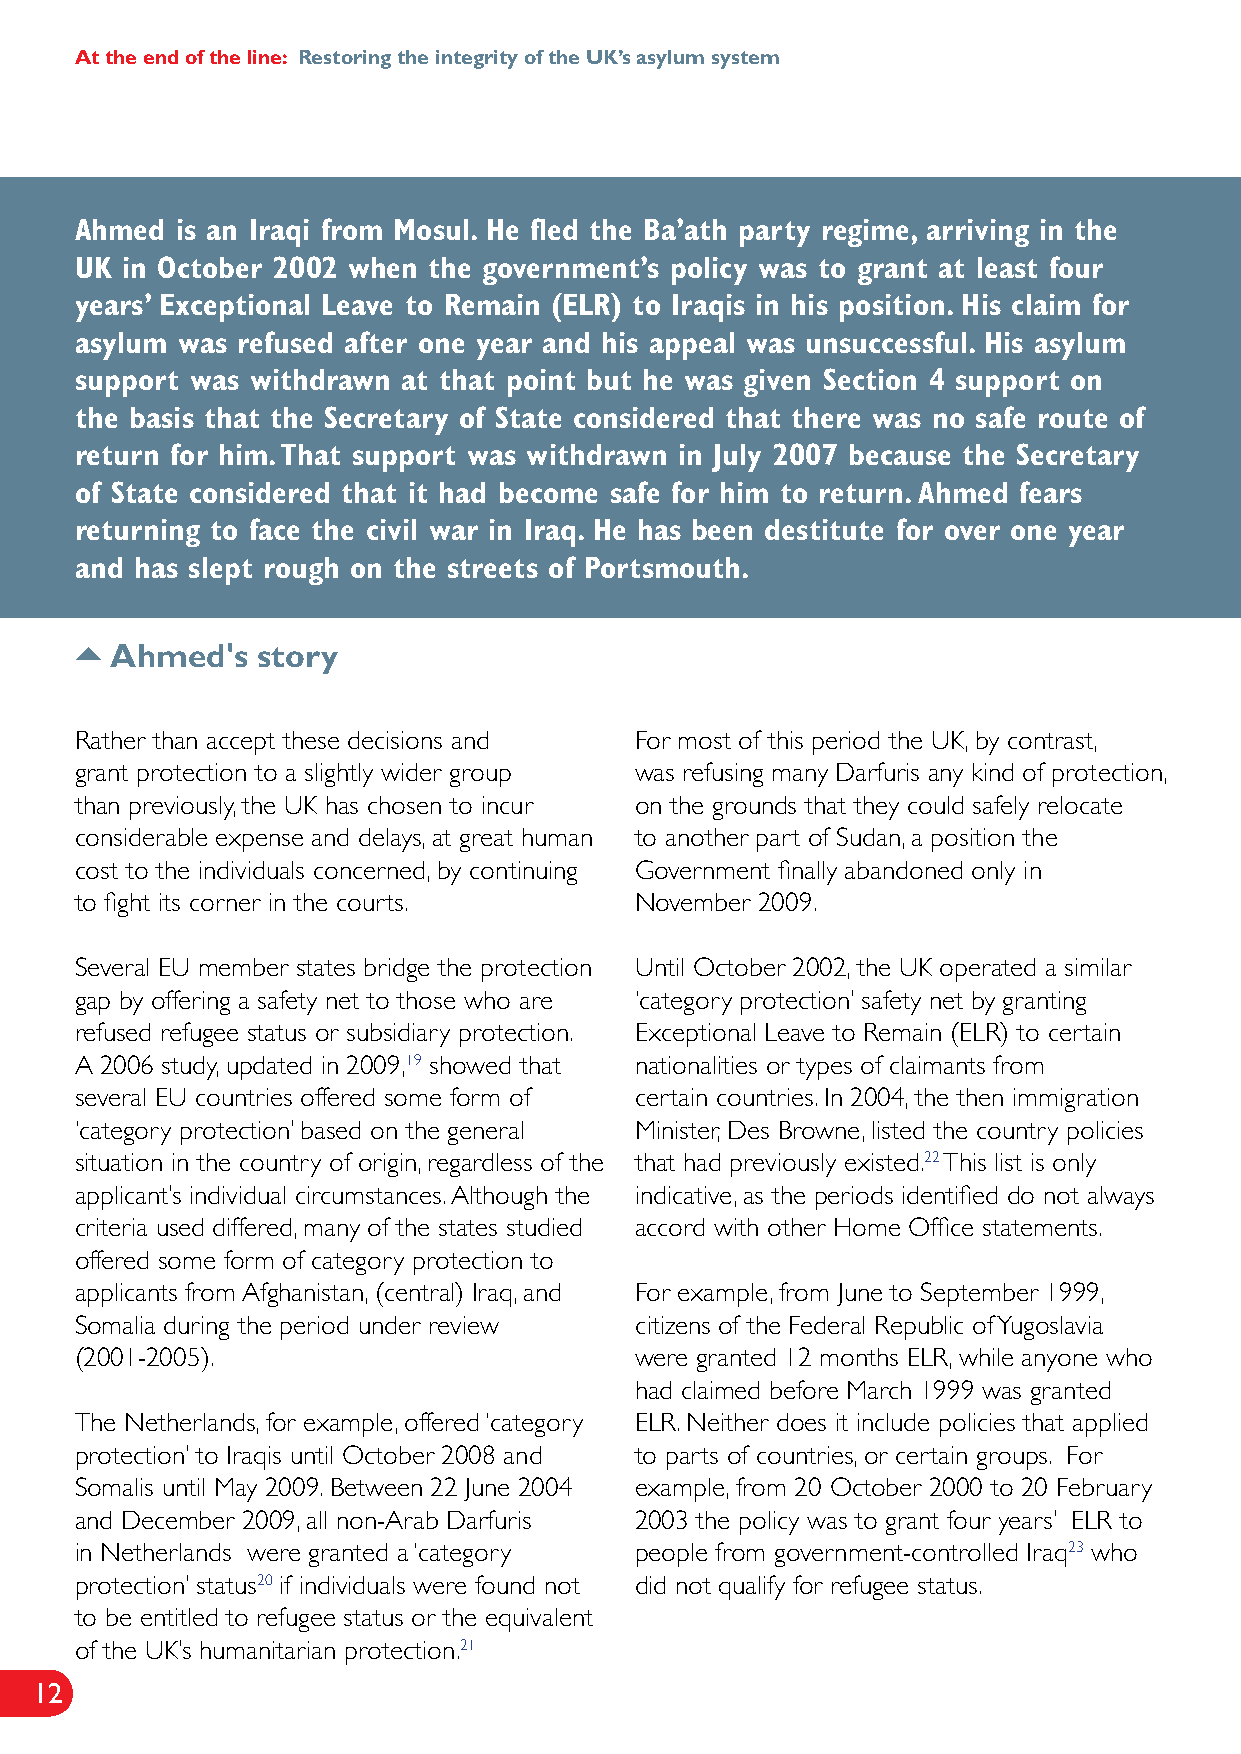
At the end of the line: Restoring the integrity of the UK’s asylum system
 Ahmed  is an Iraqi from Mosul. He fled the Ba’ath party regime, arriving in the
 UK in October 2002 when the government’s policy was to grant at least four
 years’ Exceptional Leave to Remain (ELR) to Iraqis in his position. His claim for
 asylum was refused after one year and his appeal was unsuccessful. His asylum
 support was withdrawn at that point but he was given Section 4 support on
 the basis that the Secretary of State considered that there was no safe route of
 return for him. That support was withdrawn in July 2007 because the Secretary
 of State considered that it had become safe for him to return. Ahmed fears
 returning to face the civil war in Iraq. He has been destitute for over one year
 and has slept rough on the streets of Portsmouth.
 
 Ahmed's   story
 Rather than accept these decisions and For most of this period the UK, by contrast,
 grant protection to a slightly wider group was refusing many Darfuris any kind of protection,
 than previously, the UK has chosen to incur on the grounds that they could safely relocate
 considerable expense and delays, at great human to another part of Sudan, a position the
 cost to the individuals concerned, by continuing Government finally abandoned only in
 to fight its corner in the courts.   November 2009.
 Several EU member states bridge the protection Until October 2002, the UK operated a similar
 gap by offering a safety net to those who are ‘category protection’ safety net by granting
 refused refugee status or subsidiary protection. Exceptional Leave to Remain (ELR) to certain
 A 2006 study, updated in 2009,19 showed that nationalities or types of claimants from
 several EU countries offered some form of certain countries. In 2004, the then immigration
 ‘category protection’ based on the general Minister, Des Browne, listed the country policies
 situation in the country of origin, regardless of the that had previously existed.22 This list is only
 applicant’s individual circumstances. Although the indicative, as the periods identified do not always
 criteria used differed, many of the states studied accord with other Home Office statements.
 offered some form of category protection to
 applicants from Afghanistan, (central) Iraq, and For example, from June to September 1999,
 Somalia during the period under review citizens of the Federal Republic of Yugoslavia
 (2001-2005).                         were granted 12 months ELR, while anyone who
 had claimed before March 1999 was granted
 The Netherlands, for example, offered ‘category ELR. Neither does it include policies that applied
 protection’ to Iraqis until October 2008 and to parts of countries, or certain groups. For
 Somalis until May 2009. Between 22 June 2004 example, from 20 October 2000 to 20 February
 and December 2009, all non-Arab Darfuris 2003 the policy was to grant four years’ ELR to
 in Netherlands were granted a ‘category people from government-controlled Iraq23 who
 protection’ status20 if individuals were found not did not qualify for refugee status.
 to be entitled to refugee status or the equivalent
 of the UK’s humanitarian protection.21
 12